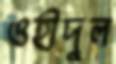
ওহীদুল